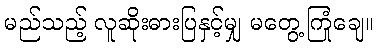
မည်သည့် လူဆိုးဓားပြနှင့်မျှ မတွေ့ကြုံချေ။